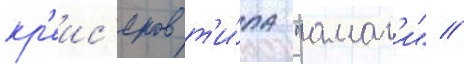
кр'еис'еров т'и́па "амаг'и" //